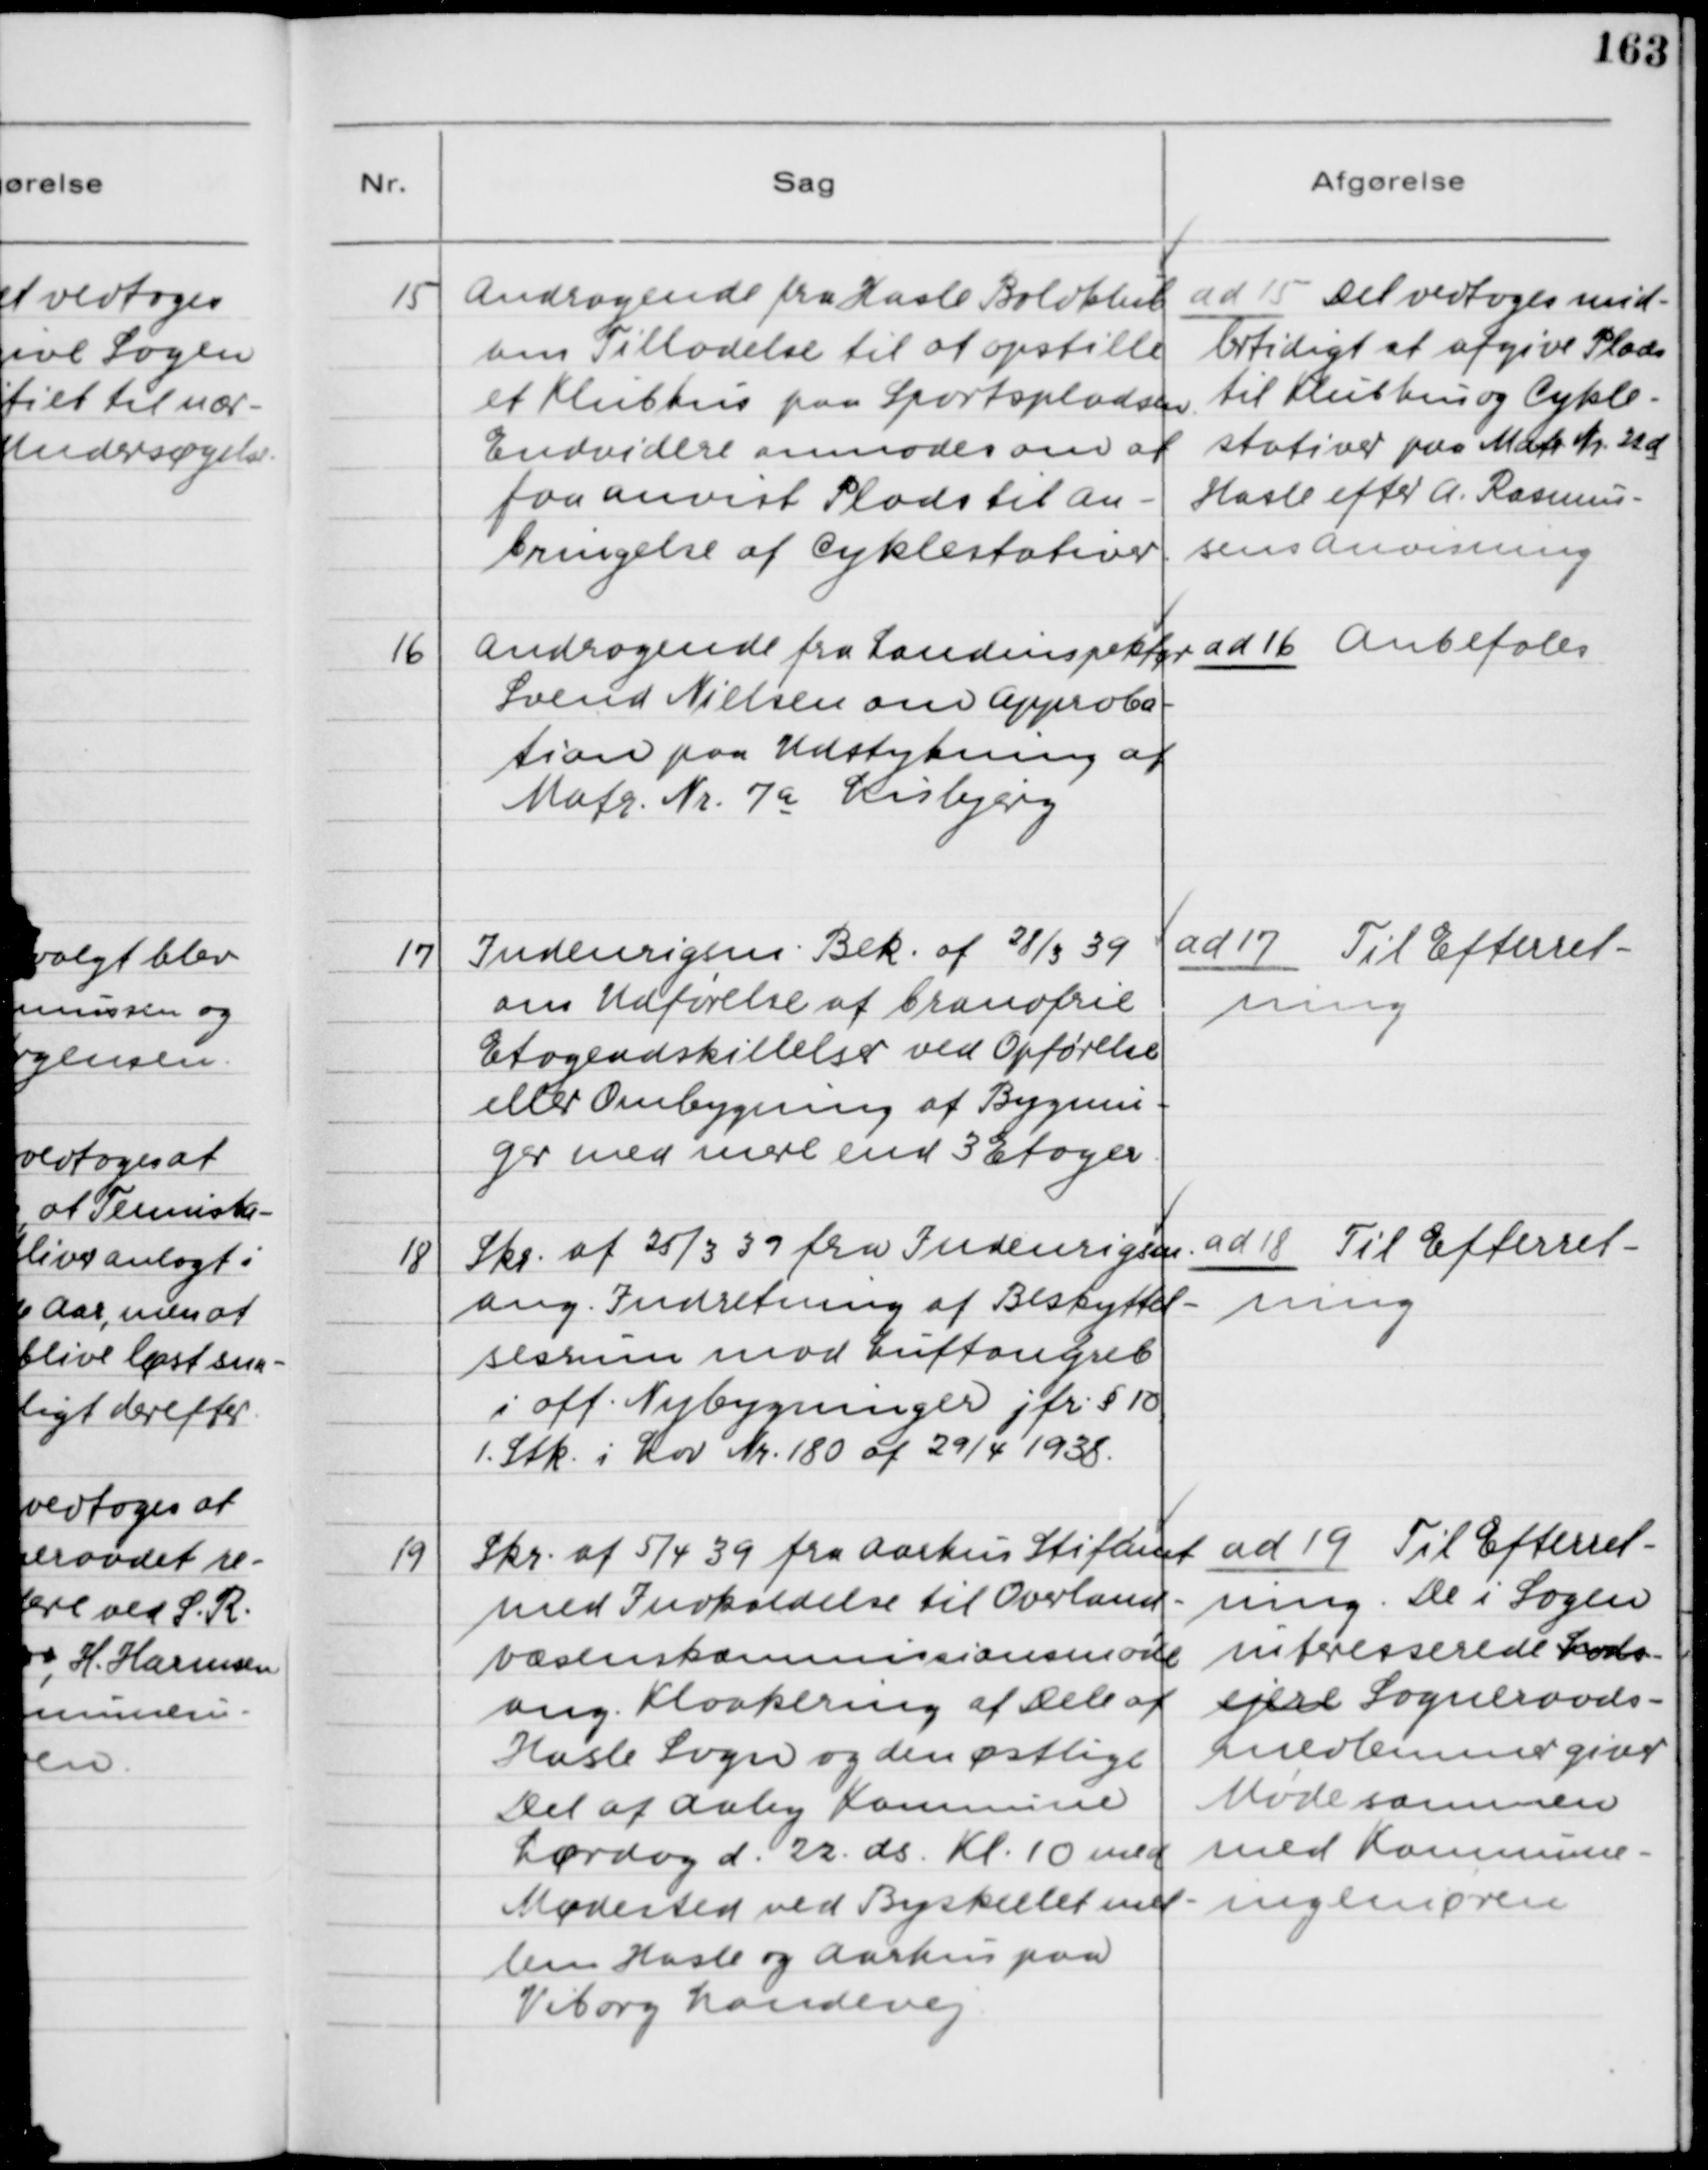
Transskription:
15
Andragende fra Hasle Boldklub
om Tilladelse til at opstille
et Klubhus paa Sportspladsen.
Endvidere anmodes om at
faa anvist Plads til An-
bringelse af Cyklestativer.

ad 15. Det vedtoges mid-
lertidigt at afgive Plads
til Klubhus og Cykle-
stativer paa Matr. Nr. 22d
Hasle efter A. Rasmus-
sens Anvisning.

15
Andragende fra Landinspektør
Svend Nielsen om Approba-
tion paa Udstykning af
Matr. Nr. 7a Lisbjerg

ad 16. Anbefales

17
Indenrigsm. Bek. af 28/3 39
om Udførelse af brandfrie
Etageadskillelser ved Opførelse
eller Ombygning af Bygnin-
ger med mere end 3 Etager.

ad 17. Til Efterret-
ning

18
Skr. af 25/3 39 fra Indenrigsm.
ang. Indretning af Beskyttel-
sesrum mod Luftangrab
i off. Nybygninger jfr. § 10
1. Stk. i Lov Nr. 180 af 29/4 1938.

ad 18. Til Efterret-
ning

19
Skr. af 5/4 39 fra Aarhus Stiftamt
med Indkaldelse til Overland-
væsenskommissionsmøde
ang. Kloakering af Dele af
Hasle Sogn og den østlige
Del af Aaby Kommune
Lørdag d. 22. ds. Kl. 10 med
Mødested ved Byskellet mel-
le, Hasle og Aarhus paa
Viborg Landevej.

ad 19. Til Efterret-
ning. De i Sagen
interesserede Lods-
ejere  Sogneraads-
medlemmer giver
Møde sammen
med Kommune-
ingeniøren